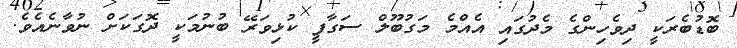
ބޮޑުބެރަކީ ދިވެހިންގެ މެދުގައި އެއްމެ މަގުބޫލް ސަގާފީ ކުޅިވަރޭ ބުނުމަކީ ދޮގަކަށް ނުވާނެއެވެ.